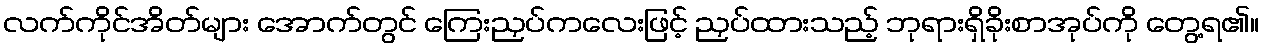
လက်ကိုင်အိတ်များ အောက်တွင် ကြေးညှပ်ကလေးဖြင့် ညှပ်ထားသည့် ဘုရားရှိခိုးစာအုပ်ကို တွေ့ရ၏။